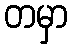
တမှာ